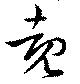
覩